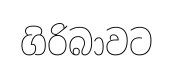
ගිරිබාවට